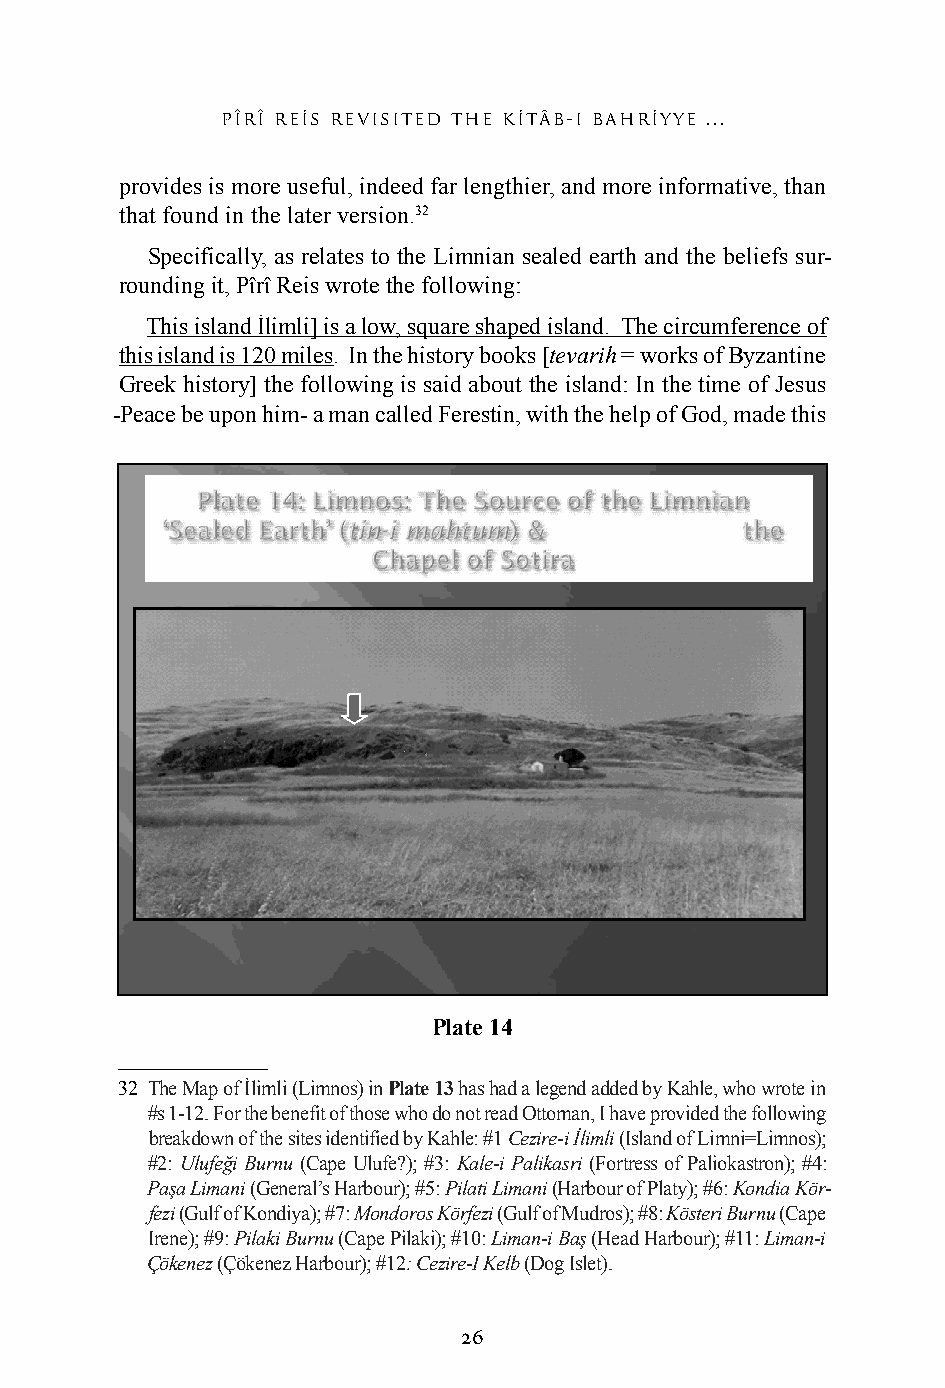
pîrî res revisited the ktâb-ı bahryye ...
 provides is more useful, indeed far lengthier, and more informative, than
 that found in the later version.32
 Specifically, as relates to the Limnian sealed earth and the beliefs sur-
 rounding it, Pîrî Reis wrote the following:
 This island İlimli] is a low, square shaped island. The circumference of
 this island is 120 miles. In the history books [tevarih = works of Byzantine
 Greek history] the following is said about the island: In the time of Jesus
 -Peace be upon him- a man called Ferestin, with the help of God, made this
 Plate 14
 32 The Map of İlimli (Limnos) in Plate 13 has had a legend added by Kahle, who wrote in
 #s 1-12. For the benefit of those who do not read Ottoman, I have provided the following
 breakdown of the sites identified by Kahle: #1 Cezire-i İlimli (Island of Limni=Limnos);
 #2: Ulufeği Burnu (Cape Ulufe?); #3: Kale-i Palikasri (Fortress of Paliokastron); #4:
 Paşa Limani (General’s Harbour); #5: Pilati Limani (Harbour of Platy); #6: Kondia Kör-
 fezi (Gulf of Kondiya); #7: Mondoros Körfezi (Gulf of Mudros); #8: Kösteri Burnu (Cape
 Irene); #9: Pilaki Burnu (Cape Pilaki); #10: Liman-i Baş (Head Harbour); #11: Liman-i
 Çökenez (Çökenez Harbour); #12: Cezire-I Kelb (Dog Islet).
 26